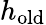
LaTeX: h_{\mathrm{old}}